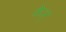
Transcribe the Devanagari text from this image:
केञ्